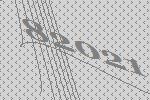
82021